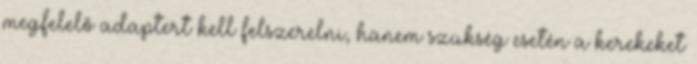
megfelelő adaptert kell felszerelni, hanem szükség esetén a kerekeket